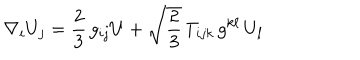
LaTeX: \nabla _ { i } U _ { j } = \frac { 2 } { 3 } \, g _ { i j } U + \sqrt { \frac { 2 } { 3 } } \, T _ { i j k } \, g ^ { k \ell } \, U _ { \ell }